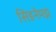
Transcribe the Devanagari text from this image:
सिडनेमझ